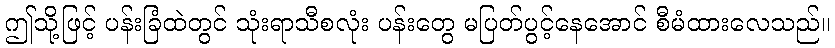
ဤသို့ဖြင့် ပန်းခြံထဲတွင် သုံးရာသီစလုံး ပန်းတွေ မပြတ်ပွင့်နေအောင် စီမံထားလေသည်။